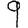
Digit: 9